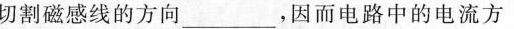
切割磁感线的方向___,因而电路中的电流方